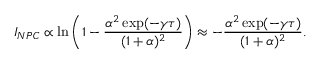
I _ { N P C } \propto \ln \left( 1 - \frac { \alpha ^ { 2 } \exp ( - \gamma \tau ) } { ( 1 + \alpha ) ^ { 2 } } \right) \approx - \frac { \alpha ^ { 2 } \exp ( - \gamma \tau ) } { ( 1 + \alpha ) ^ { 2 } } .